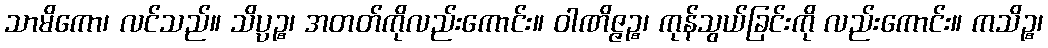
သာမိကော၊ လင်သည်။ သိပ္ပဉ္စ၊ အတတ်ကိုလည်းကောင်း။ ဝါဏိဇ္ဇဉ္စ၊ ကုန်သွယ်ခြင်းကို လည်းကောင်း။ ကသိဉ္စ၊